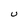
Character: U